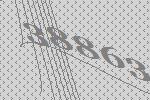
38863